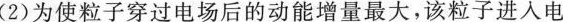
(2)为使粒子穿过电场后的动能增量最大，该粒子进入电